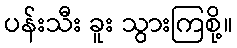
ပန်းသီး ခူး သွားကြစို့။